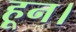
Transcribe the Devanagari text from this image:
हून।